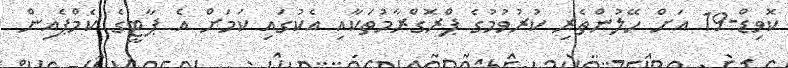
ކޮވިޑް-19 އަށް ހޭލުންތެރި ކުރުވުމުގެ ޕްރޮގްރާމުތަކާއި އެކުގައި ކަމަށް އެ ޕާޓީގެ ކެމްޕެއިން